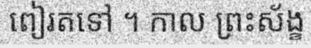
ពៀរតទៅ ។ កាល ព្រះស័ង្ខ